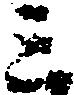
三